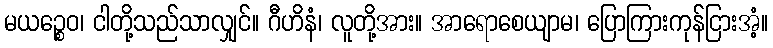
မယဉ္စေဝ၊ ငါတို့သည်သာလျှင်။ ဂီဟိနံ၊ လူတို့အား။ အာရောစေယျာမ၊ ပြောကြားကုန်ငြားအံ့။